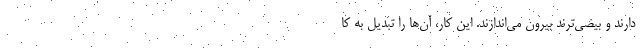
دارند و بیضی‌ترند بیرون می‌اندازند. این کار، آن‌ها را تبدیل به کا